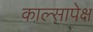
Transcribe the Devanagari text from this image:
काल्सापेक्ष